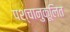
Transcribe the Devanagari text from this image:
पश्चानुकूलित